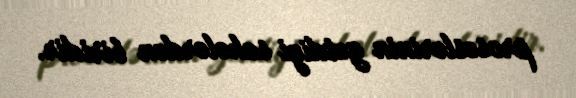
proseslərinin getdiyi sahələrdən biridir.